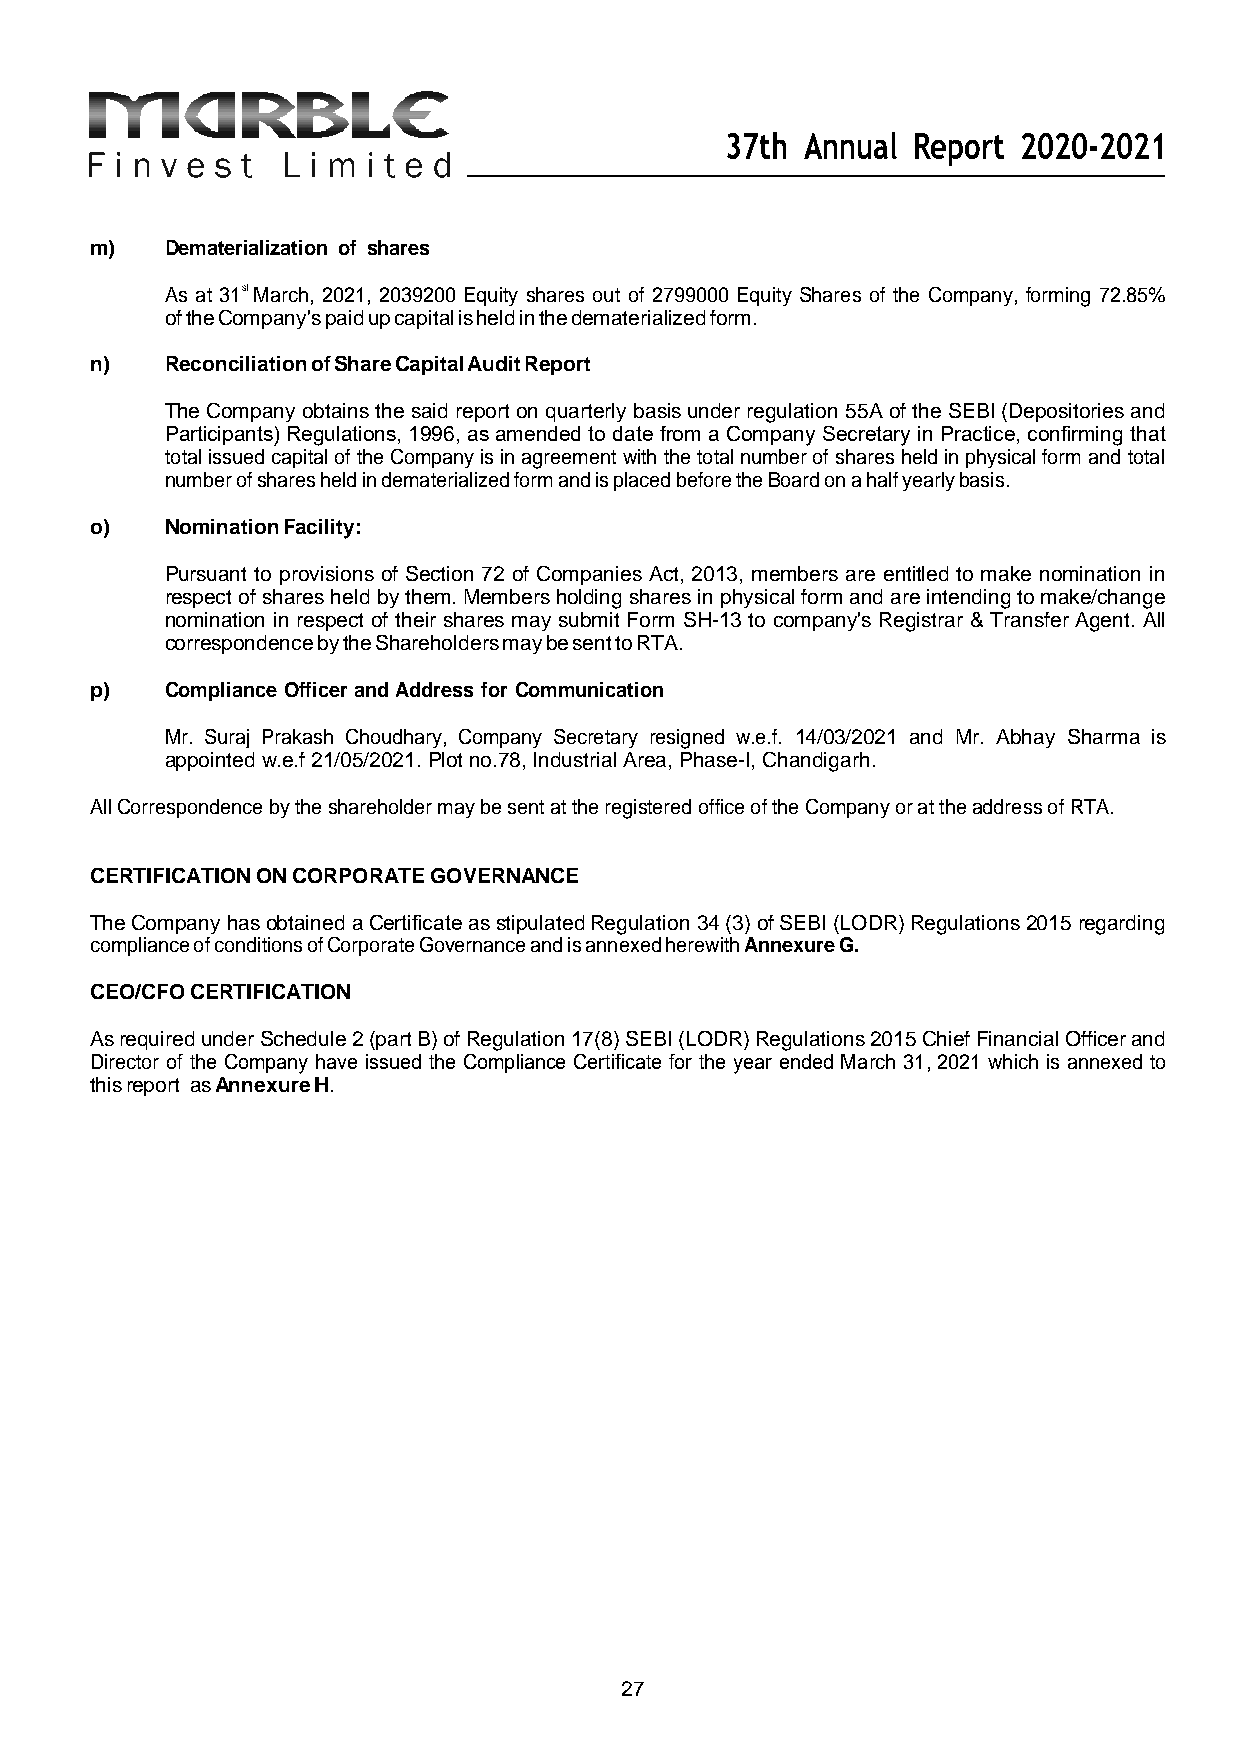
37th Annual Report 2020-2021
 m)   Dematerialization of shares
 As at 31st March, 2021, 2039200 Equity shares out of 2799000 Equity Shares of the Company, forming 72.85%
 of the Company's paid up capital is held in the dematerialized form.
 n)   Reconciliation of Share Capital Audit Report
 The Company obtains the said report on quarterly basis under regulation 55A of the SEBI (Depositories and
 Participants) Regulations, 1996, as amended to date from a Company Secretary in Practice, confirming that
 total issued capital of the Company is in agreement with the total number of shares held in physical form and total
 number of shares held in dematerialized form and is placed before the Board on a half yearly basis.
 o)   Nomination Facility:
 Pursuant to provisions of Section 72 of Companies Act, 2013, members are entitled to make nomination in
 respect of shares held by them. Members holding shares in physical form and are intending to make/change
 nomination in respect of their shares may submit Form SH-13 to company's Registrar & Transfer Agent. All
 correspondence by the Shareholders may be sent to RTA.
 p)   Compliance Officer and Address for Communication
 Mr. Suraj Prakash Choudhary, Company Secretary resigned w.e.f. 14/03/2021 and Mr. Abhay Sharma is
 appointed w.e.f 21/05/2021. Plot no.78, Industrial Area, Phase-I, Chandigarh.
 All Correspondence by the shareholder may be sent at the registered office of the Company or at the address of RTA.
 CERTIFICATION ON CORPORATE GOVERNANCE
 The Company has obtained a Certificate as stipulated Regulation 34 (3) of SEBI (LODR) Regulations 2015 regarding
 compliance of conditions of Corporate Governance and is annexed herewith Annexure G.
 CEO/CFO CERTIFICATION
 As required under Schedule 2 (part B) of Regulation 17(8) SEBI (LODR) Regulations 2015 Chief Financial Officer and
 Director of the Company have issued the Compliance Certificate for the year ended March 31, 2021 which is annexed to
 this report as Annexure H.
 27